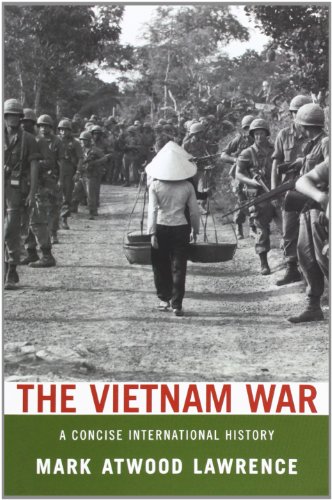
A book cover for The Vietnam War: A Concise International History (Very Short Introductions); Mark Atwood Lawrence; History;